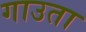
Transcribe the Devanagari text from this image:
गाउता